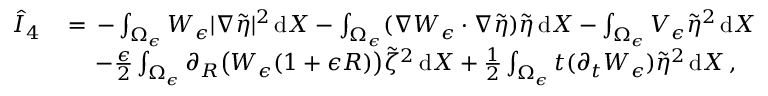
\begin{array} { r l } { \hat { I } _ { 4 } \, } & { = \, - \int _ { \Omega _ { \epsilon } } W _ { \epsilon } | \nabla \tilde { \eta } | ^ { 2 } \, \mathrm { d } X - \int _ { \Omega _ { \epsilon } } ( \nabla W _ { \epsilon } \cdot \nabla \tilde { \eta } ) \tilde { \eta } \, \mathrm { d } X - \int _ { \Omega _ { \epsilon } } V _ { \epsilon } \tilde { \eta } ^ { 2 } \, \mathrm { d } X } \\ & { \quad \, - \frac { \epsilon } { 2 } \int _ { \Omega _ { \epsilon } } \partial _ { R } \bigl ( W _ { \epsilon } ( 1 + \epsilon R ) \bigr ) \tilde { \zeta } ^ { 2 } \, \mathrm { d } X + \frac 1 2 \int _ { \Omega _ { \epsilon } } t ( \partial _ { t } W _ { \epsilon } ) \tilde { \eta } ^ { 2 } \, \mathrm { d } X \, , } \end{array}